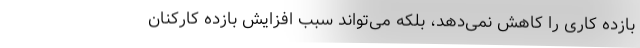
بازده کاری را کاهش نمی‌دهد، بلکه می‌تواند سبب افزایش بازده کارکنان